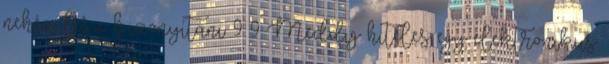
nehéz lesz bizonyítani 9 9 Meddig hiteles egy elektronikus